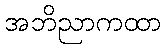
အဘိညာကထာ